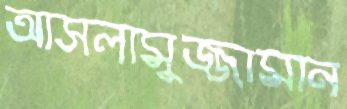
আসলামুজ্জামান